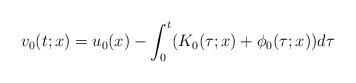
LaTeX: \begin{align*} v_0(t;x)=u_0(x)-\int_{0}^{t}(K_0(\tau;x)+\phi_0(\tau;x))d\tau\end{align*}